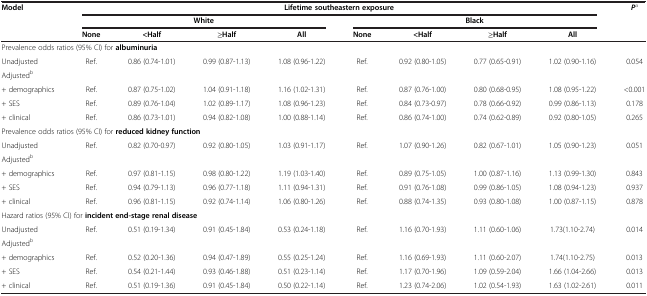
<table><thead><tr><td><b>Model</b></td><td colspan="8"><b>Lifetime southeastern exposure</b></td><td><b><i>P</i><sup>a</sup></b></td></tr><tr><td><b> </b></td><td colspan="4"><b>White</b></td><td colspan="4"><b>Black</b></td><td><b> </b></td></tr><tr><td><b> </b></td><td><b>None</b></td><td><b>&lt;Half</b></td><td><b>≥Half</b></td><td><b>All</b></td><td><b>None</b></td><td><b>&lt;Half</b></td><td><b>≥Half</b></td><td><b>All</b></td><td><b> </b></td></tr></thead><tbody><tr><td colspan="10">Prevalence odds ratios (95% CI) for <b>albuminuria</b></td></tr><tr><td>Unadjusted</td><td>Ref.</td><td>0.86 (0.74-1.01)</td><td>0.99 (0.87-1.13)</td><td>1.08 (0.96-1.22)</td><td>Ref.</td><td>0.92 (0.80-1.05)</td><td>0.77 (0.65-0.91)</td><td>1.02 (0.90-1.16)</td><td>0.054</td></tr><tr><td>Adjusted<sup>b</sup></td><td> </td><td> </td><td> </td><td> </td><td> </td><td> </td><td> </td><td> </td><td> </td></tr><tr><td>+ demographics</td><td>Ref.</td><td>0.87 (0.75-1.02)</td><td>1.04 (0.91-1.18)</td><td>1.16 (1.02-1.31)</td><td>Ref.</td><td>0.87 (0.76-1.00)</td><td>0.80 (0.68-0.95)</td><td>1.08 (0.95-1.22)</td><td>&lt;0.001</td></tr><tr><td>+ SES</td><td>Ref.</td><td>0.89 (0.76-1.04)</td><td>1.02 (0.89-1.17)</td><td>1.08 (0.96-1.23)</td><td>Ref.</td><td>0.84 (0.73-0.97)</td><td>0.78 (0.66-0.92)</td><td>0.99 (0.86-1.13)</td><td>0.178</td></tr><tr><td>+ clinical</td><td>Ref.</td><td>0.86 (0.73-1.01)</td><td>0.94 (0.82-1.08)</td><td>1.00 (0.88-1.14)</td><td>Ref.</td><td>0.86 (0.74-1.00)</td><td>0.74 (0.62-0.89)</td><td>0.92 (0.80-1.05)</td><td>0.265</td></tr><tr><td colspan="10">Prevalence odds ratios (95% CI) for <b>reduced kidney function</b></td></tr><tr><td>Unadjusted</td><td>Ref.</td><td>0.82 (0.70-0.97)</td><td>0.92 (0.80-1.05)</td><td>1.03 (0.91-1.17)</td><td>Ref.</td><td>1.07 (0.90-1.26)</td><td>0.82 (0.67-1.01)</td><td>1.05 (0.90-1.23)</td><td>0.051</td></tr><tr><td>Adjusted<sup>b</sup></td><td> </td><td> </td><td> </td><td> </td><td> </td><td> </td><td> </td><td> </td><td> </td></tr><tr><td>+ demographics</td><td>Ref.</td><td>0.97 (0.81-1.15)</td><td>0.98 (0.80-1.22)</td><td>1.19 (1.03-1.40)</td><td>Ref.</td><td>0.89 (0.75-1.05)</td><td>1.00 (0.87-1.16)</td><td>1.13 (0.99-1.30)</td><td>0.843</td></tr><tr><td>+ SES</td><td>Ref.</td><td>0.94 (0.79-1.13)</td><td>0.96 (0.77-1.18)</td><td>1.11 (0.94-1.31)</td><td>Ref.</td><td>0.91 (0.76-1.08)</td><td>0.99 (0.86-1.05)</td><td>1.08 (0.94-1.23)</td><td>0.937</td></tr><tr><td>+ clinical</td><td>Ref.</td><td>0.96 (0.81-1.15)</td><td>0.92 (0.74-1.14)</td><td>1.06 (0.80-1.26)</td><td>Ref.</td><td>0.88 (0.74-1.35)</td><td>0.93 (0.80-1.08)</td><td>1.00 (0.87-1.15)</td><td>0.878</td></tr><tr><td colspan="10">Hazard ratios (95% CI) for <b>incident end-stage renal disease</b></td></tr><tr><td>Unadjusted</td><td>Ref.</td><td>0.51 (0.19-1.34)</td><td>0.91 (0.45-1.84)</td><td>0.53 (0.24-1.18)</td><td>Ref.</td><td>1.16 (0.70-1.93)</td><td>1.11 (0.60-1.06)</td><td>1.73(1.10-2.74)</td><td>0.014</td></tr><tr><td>Adjusted<sup>b</sup></td><td> </td><td> </td><td> </td><td> </td><td> </td><td> </td><td> </td><td> </td><td> </td></tr><tr><td>+ demographics</td><td>Ref.</td><td>0.52 (0.20-1.36)</td><td>0.94 (0.47-1.89)</td><td>0.55 (0.25-1.24)</td><td>Ref.</td><td>1.16 (0.69-1.93)</td><td>1.11 (0.60-2.07)</td><td>1.74(1.10-2.75)</td><td>0.013</td></tr><tr><td>+ SES</td><td>Ref.</td><td>0.54 (0.21-1.44)</td><td>0.93 (0.46-1.88)</td><td>0.51 (0.23-1.14)</td><td>Ref.</td><td>1.17 (0.70-1.96)</td><td>1.09 (0.59-2.04)</td><td>1.66 (1.04-2.66)</td><td>0.013</td></tr><tr><td>+ clinical</td><td>Ref.</td><td>0.51 (0.19-1.36)</td><td>0.91 (0.45-1.84)</td><td>0.50 (0.22-1.14)</td><td>Ref.</td><td>1.23 (0.74-2.06)</td><td>1.02 (0.54-1.93)</td><td>1.63 (1.02-2.61)</td><td>0.011</td></tr></tbody></table>